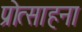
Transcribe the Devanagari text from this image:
प्रोत्साहना